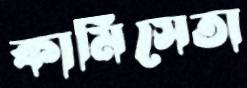
কামিসেতা